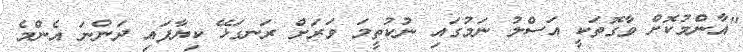
"އާންމުކޮށް ވާގޮތަކީ އަސްލު ނަމުގައި ނުކުތީމަ ވަރަށް ރަނގަޅޭ ކިޔާފައި ދަންނަ އެންމެ